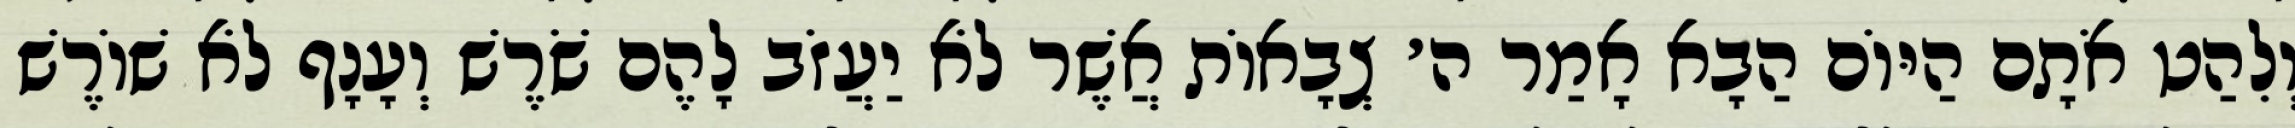
וְלִהַט אֹתָם הַיּוֹם הַבָא אָמַר ה׳ צְבָאוֹת אֲשֶׁר לֹא יַעֲזֹב לָהֶם שֹׁרֶשׁ וְעָנָף לֹא שׁוֹרֶשׁ